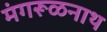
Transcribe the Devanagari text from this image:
मंगरूळनाथ